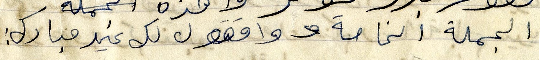
الجملة الخاصة وواققول لك عيد مبارك: